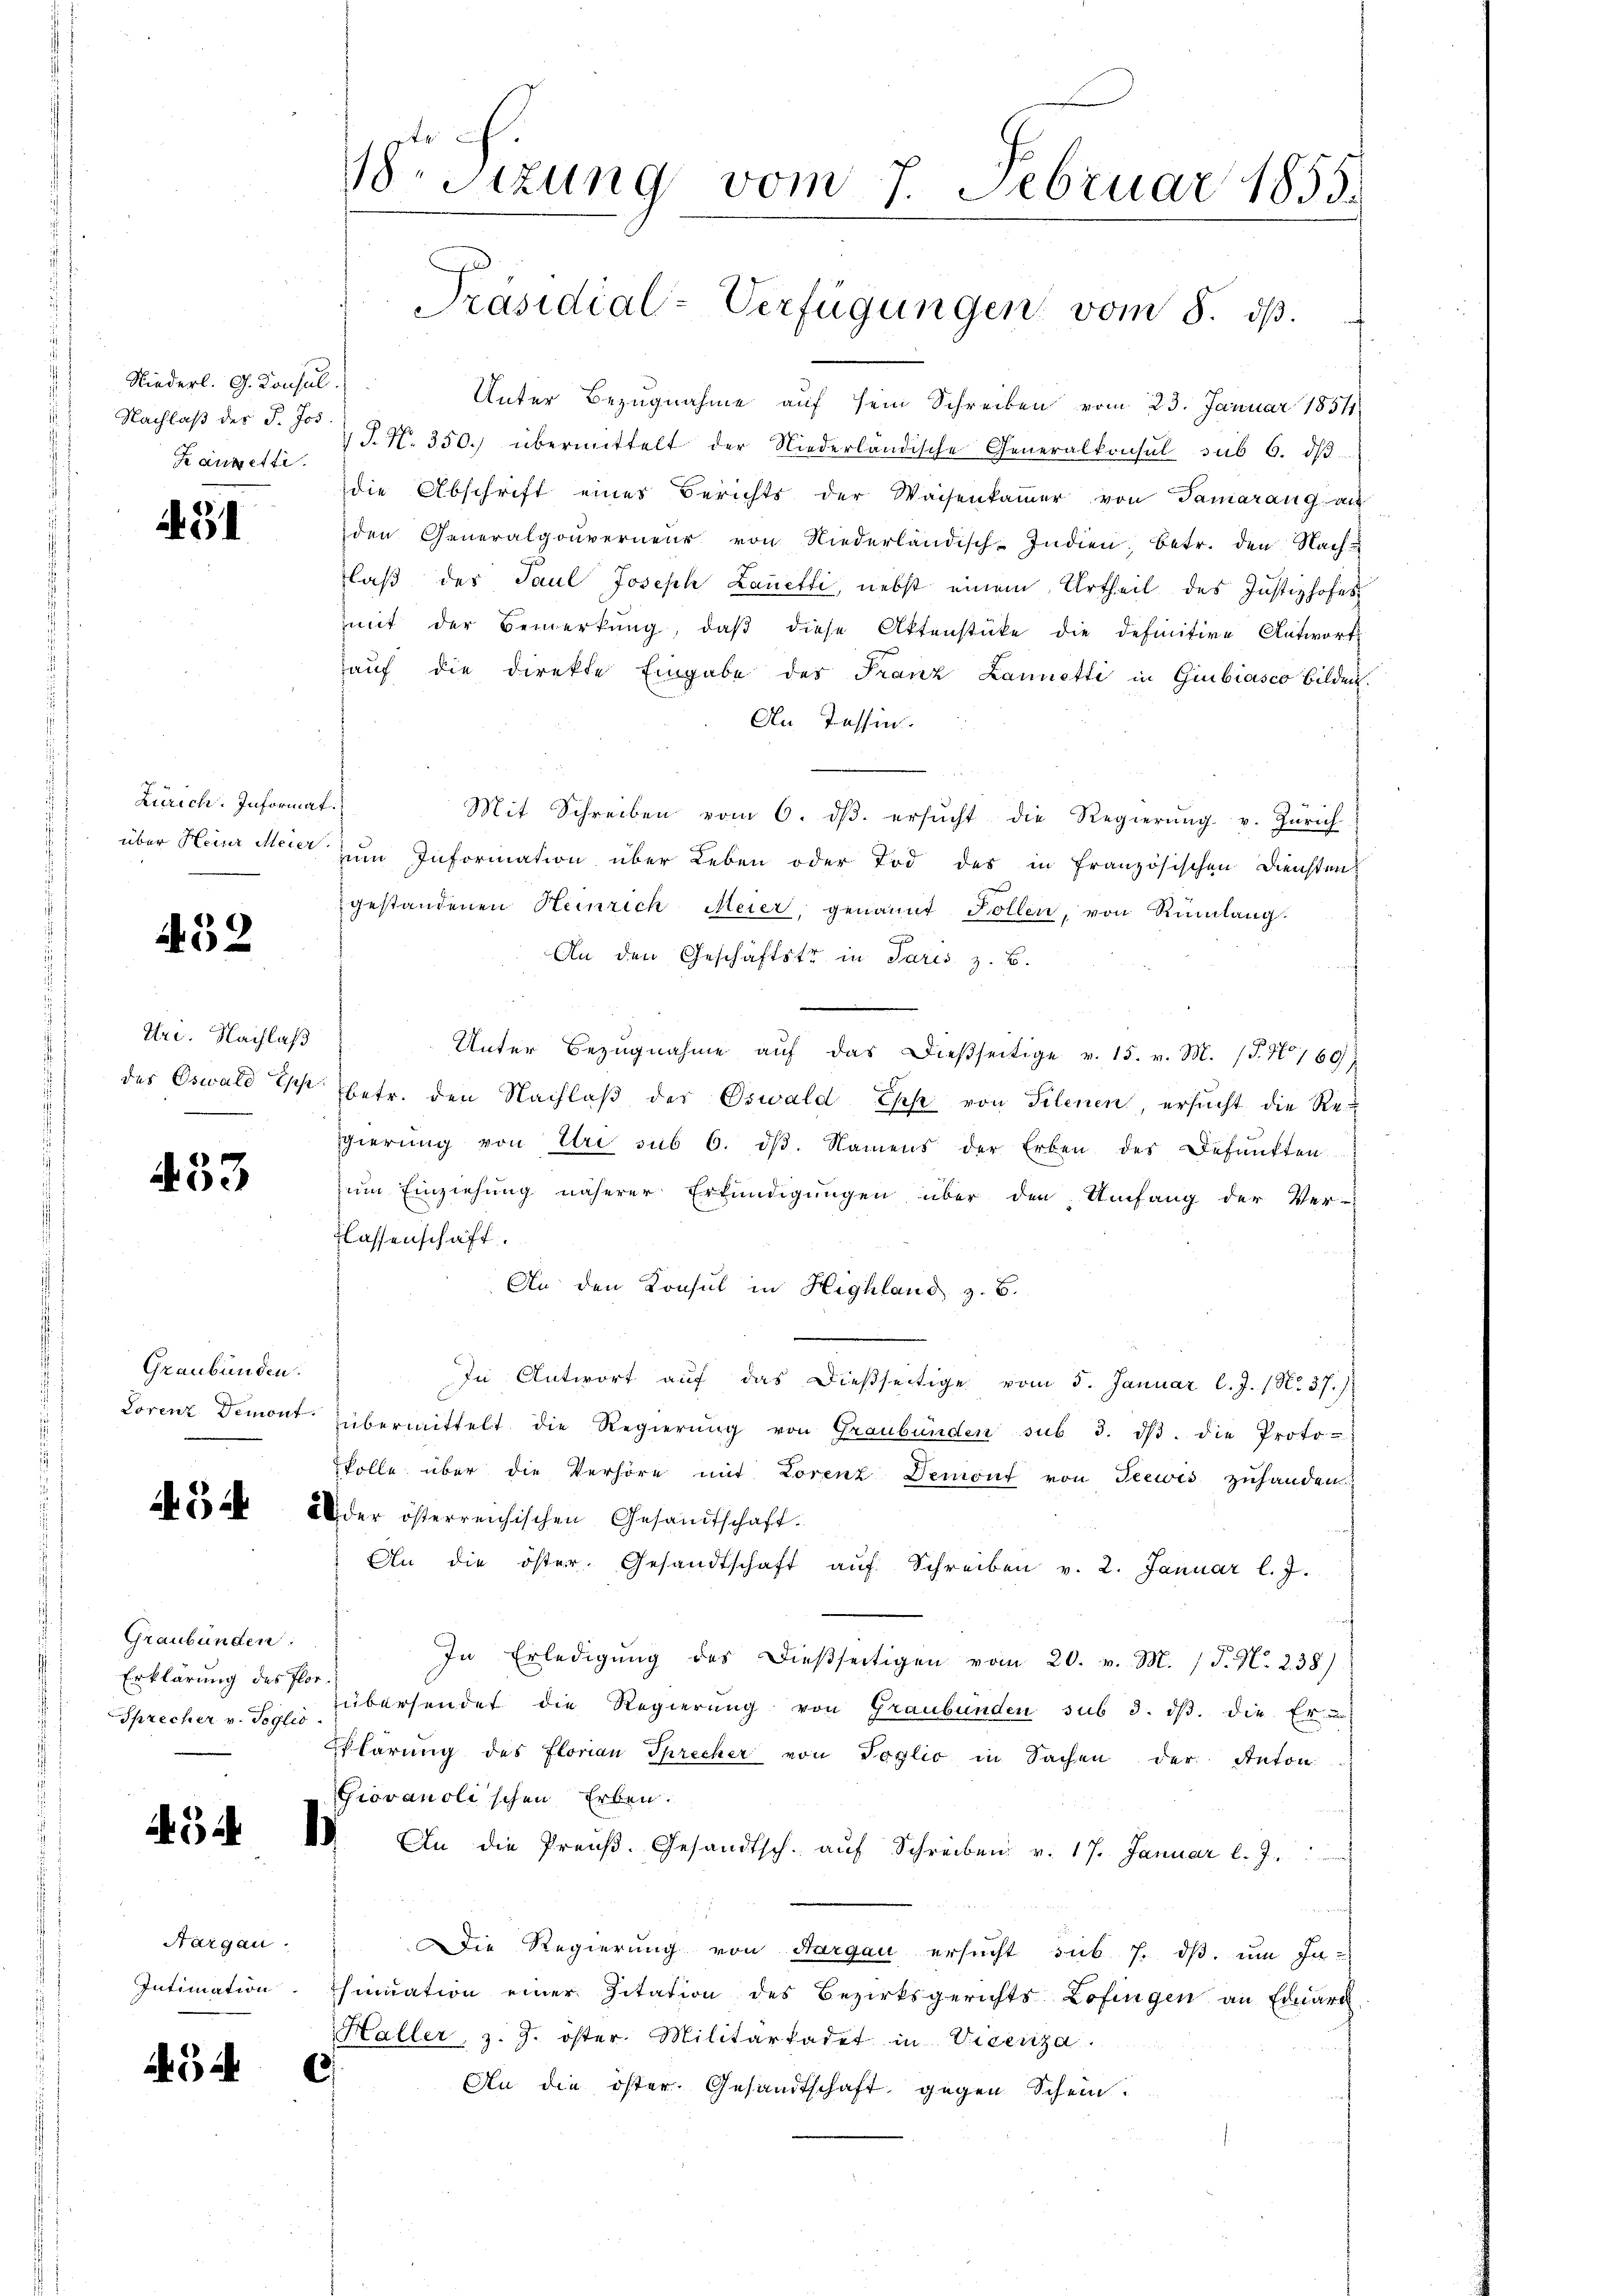
Niederl. G. Konsul.
Nachlaß des P. Jos.
Rauxetti.

A. 31

Zürich. Informat.

452

Uri. Nachlaß

433

Graubünden.

Graubünden:
Erklärung des Flor.
Sprecher v. Poglei

3

Aargau.
Intimation

5

.Sizung vom 7. Februar 1855.
Präsidial-Verfügungen vom 8. dβ.

Unter Bezugnahme auf sein Schreiben vom 23. Januar 1854
 J. N. 350. übermittelt der Niederländische Generalkonsul sub 6. dβ
die Abschrift eines Berichts der Waisenkammer von Samarang au
den Generalgouverneur von Niederländisch-Indien, betr. den Nach-
laß des Paul Joseph Lanetti, nebst einem Urtheil des Justizhofes
mit der Bemerkŭng, daβ diese Aktenstüke die definitive Antwort
auf die direkte Eingabe der Franz Lannetti in Giubiasco bilden.
An Tessin.
Mit Schreiben vom 6. dβ. ersŭcht die Regierŭng v. Zürich
über Heinr Meier zum Information über Leben oder Tod des in französischen Diensten
gestandenen Heinrich Meier, genannt Follen, von Rümlang.
An den Geschäftstr in Paris z. B.
Unter Bezugnahme aŭf das dießseitige v. 15. v. M. (T. No 169
des Oswald Ich betr. den Nachlaβ der Oswald Epp von Silenen, ersucht die Regierung von Uri sub 6. dβ. Namens der Erben des Befunkten
zum Einziehung näherer Erkundigungen über den Umfang der Ver-
flassenschaft.
An den Konsul in Highland z. B.
In Antwort aŭf das dießseitige vom 5. Januar l. J. 1. No. 37.)
Lorenz Demont übermittelt die Regierŭng von Graubünden sub 3. dβ. die Proto-
kolle über die Verhöre mit Lorenz Demont von Teewis zuhanden
   2 der österreichischen Gesandtschaft.
An die öster. Gesandtschaft aŭf Schreiben v. 2. Januar l. J.
In Erledigung des dießseitigen vom 20. v. M. (T. N. 238)
übersendet die Regierŭng von Graubünden sub 3. dβ. die Er
Plärŭng des Florian Sprecher von Toglio in Sachen der Anton
Giovanolischen Erben.
VV. An die Preuß. Gesandtsch. aŭf Schreiben v. 17. Januar l. J.
Die Regierung von Aargau ersucht sub 7. dβ. um Ja-
hmuation einer Zitation des Bezirksgerichts Lofingen an Eduard
Haller, z. 9. öster. Militarkadet in Viceriza.
)
An die öster. Gesandtschaft gegen Schein.